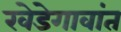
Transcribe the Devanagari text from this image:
खेडेगावांत